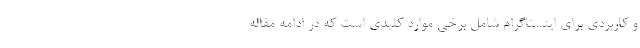
و کاربردی برای اینستاگرام شامل برخی موارد کلیدی است که در ادامه مقاله